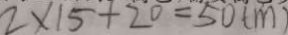
2 \times 1 5 + 2 0 = 5 0 ( m )